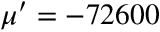
\mu ^ { \prime } = - 7 2 6 0 0